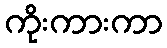
ကိုးကားကာ